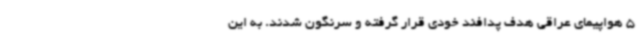
5 هواپیمای عراقی هدف پدافند خودی قرار گرفته و سرنگون شدند. به این